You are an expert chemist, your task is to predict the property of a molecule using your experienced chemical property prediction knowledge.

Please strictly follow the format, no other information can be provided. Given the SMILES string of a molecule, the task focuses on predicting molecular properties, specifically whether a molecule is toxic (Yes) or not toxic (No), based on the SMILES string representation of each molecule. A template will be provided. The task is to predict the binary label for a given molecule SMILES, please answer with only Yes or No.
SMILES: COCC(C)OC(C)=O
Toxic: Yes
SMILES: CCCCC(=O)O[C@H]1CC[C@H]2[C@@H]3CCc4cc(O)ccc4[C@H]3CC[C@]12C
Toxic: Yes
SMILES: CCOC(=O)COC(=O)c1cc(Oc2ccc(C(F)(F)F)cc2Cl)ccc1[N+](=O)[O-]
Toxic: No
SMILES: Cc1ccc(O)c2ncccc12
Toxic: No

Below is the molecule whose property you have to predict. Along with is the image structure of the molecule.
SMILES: CC(=O)C(Cl)C(=O)N(C)C
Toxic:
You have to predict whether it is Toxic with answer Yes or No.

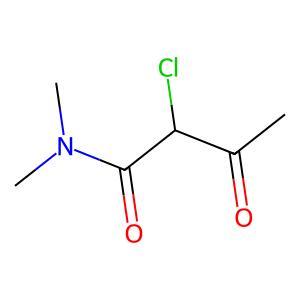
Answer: No